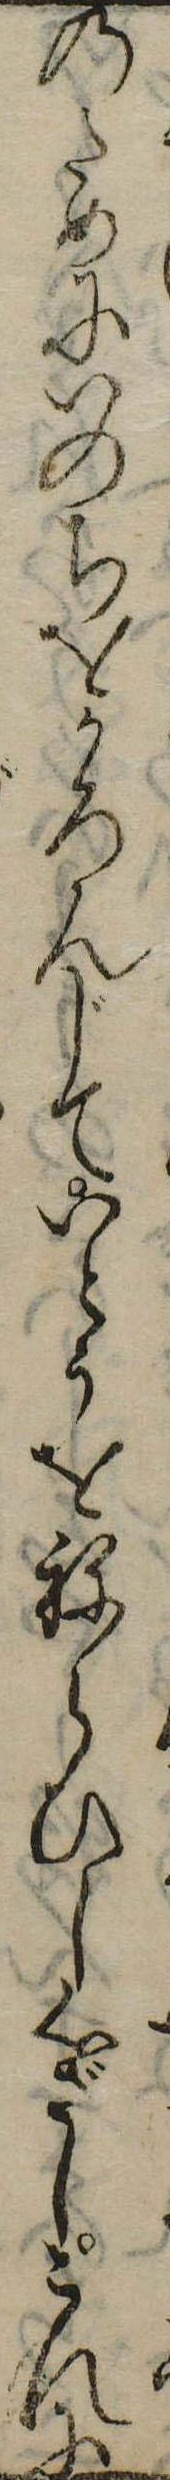
のためにいのちをかろんじていとうをねらひし心ざしこれに